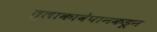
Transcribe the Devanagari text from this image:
त्लाकावेपानकडून